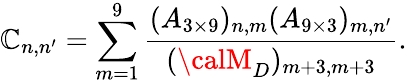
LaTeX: \mathbb{C}_{n,n^{\prime}}=\sum_{m=1}^{9}\frac{{(A_{3\times9})_{n,m}(A_{9\times3})_{m,n^{\prime}}}}{{({\calM}_{D})_{m+3,m+3}}}.